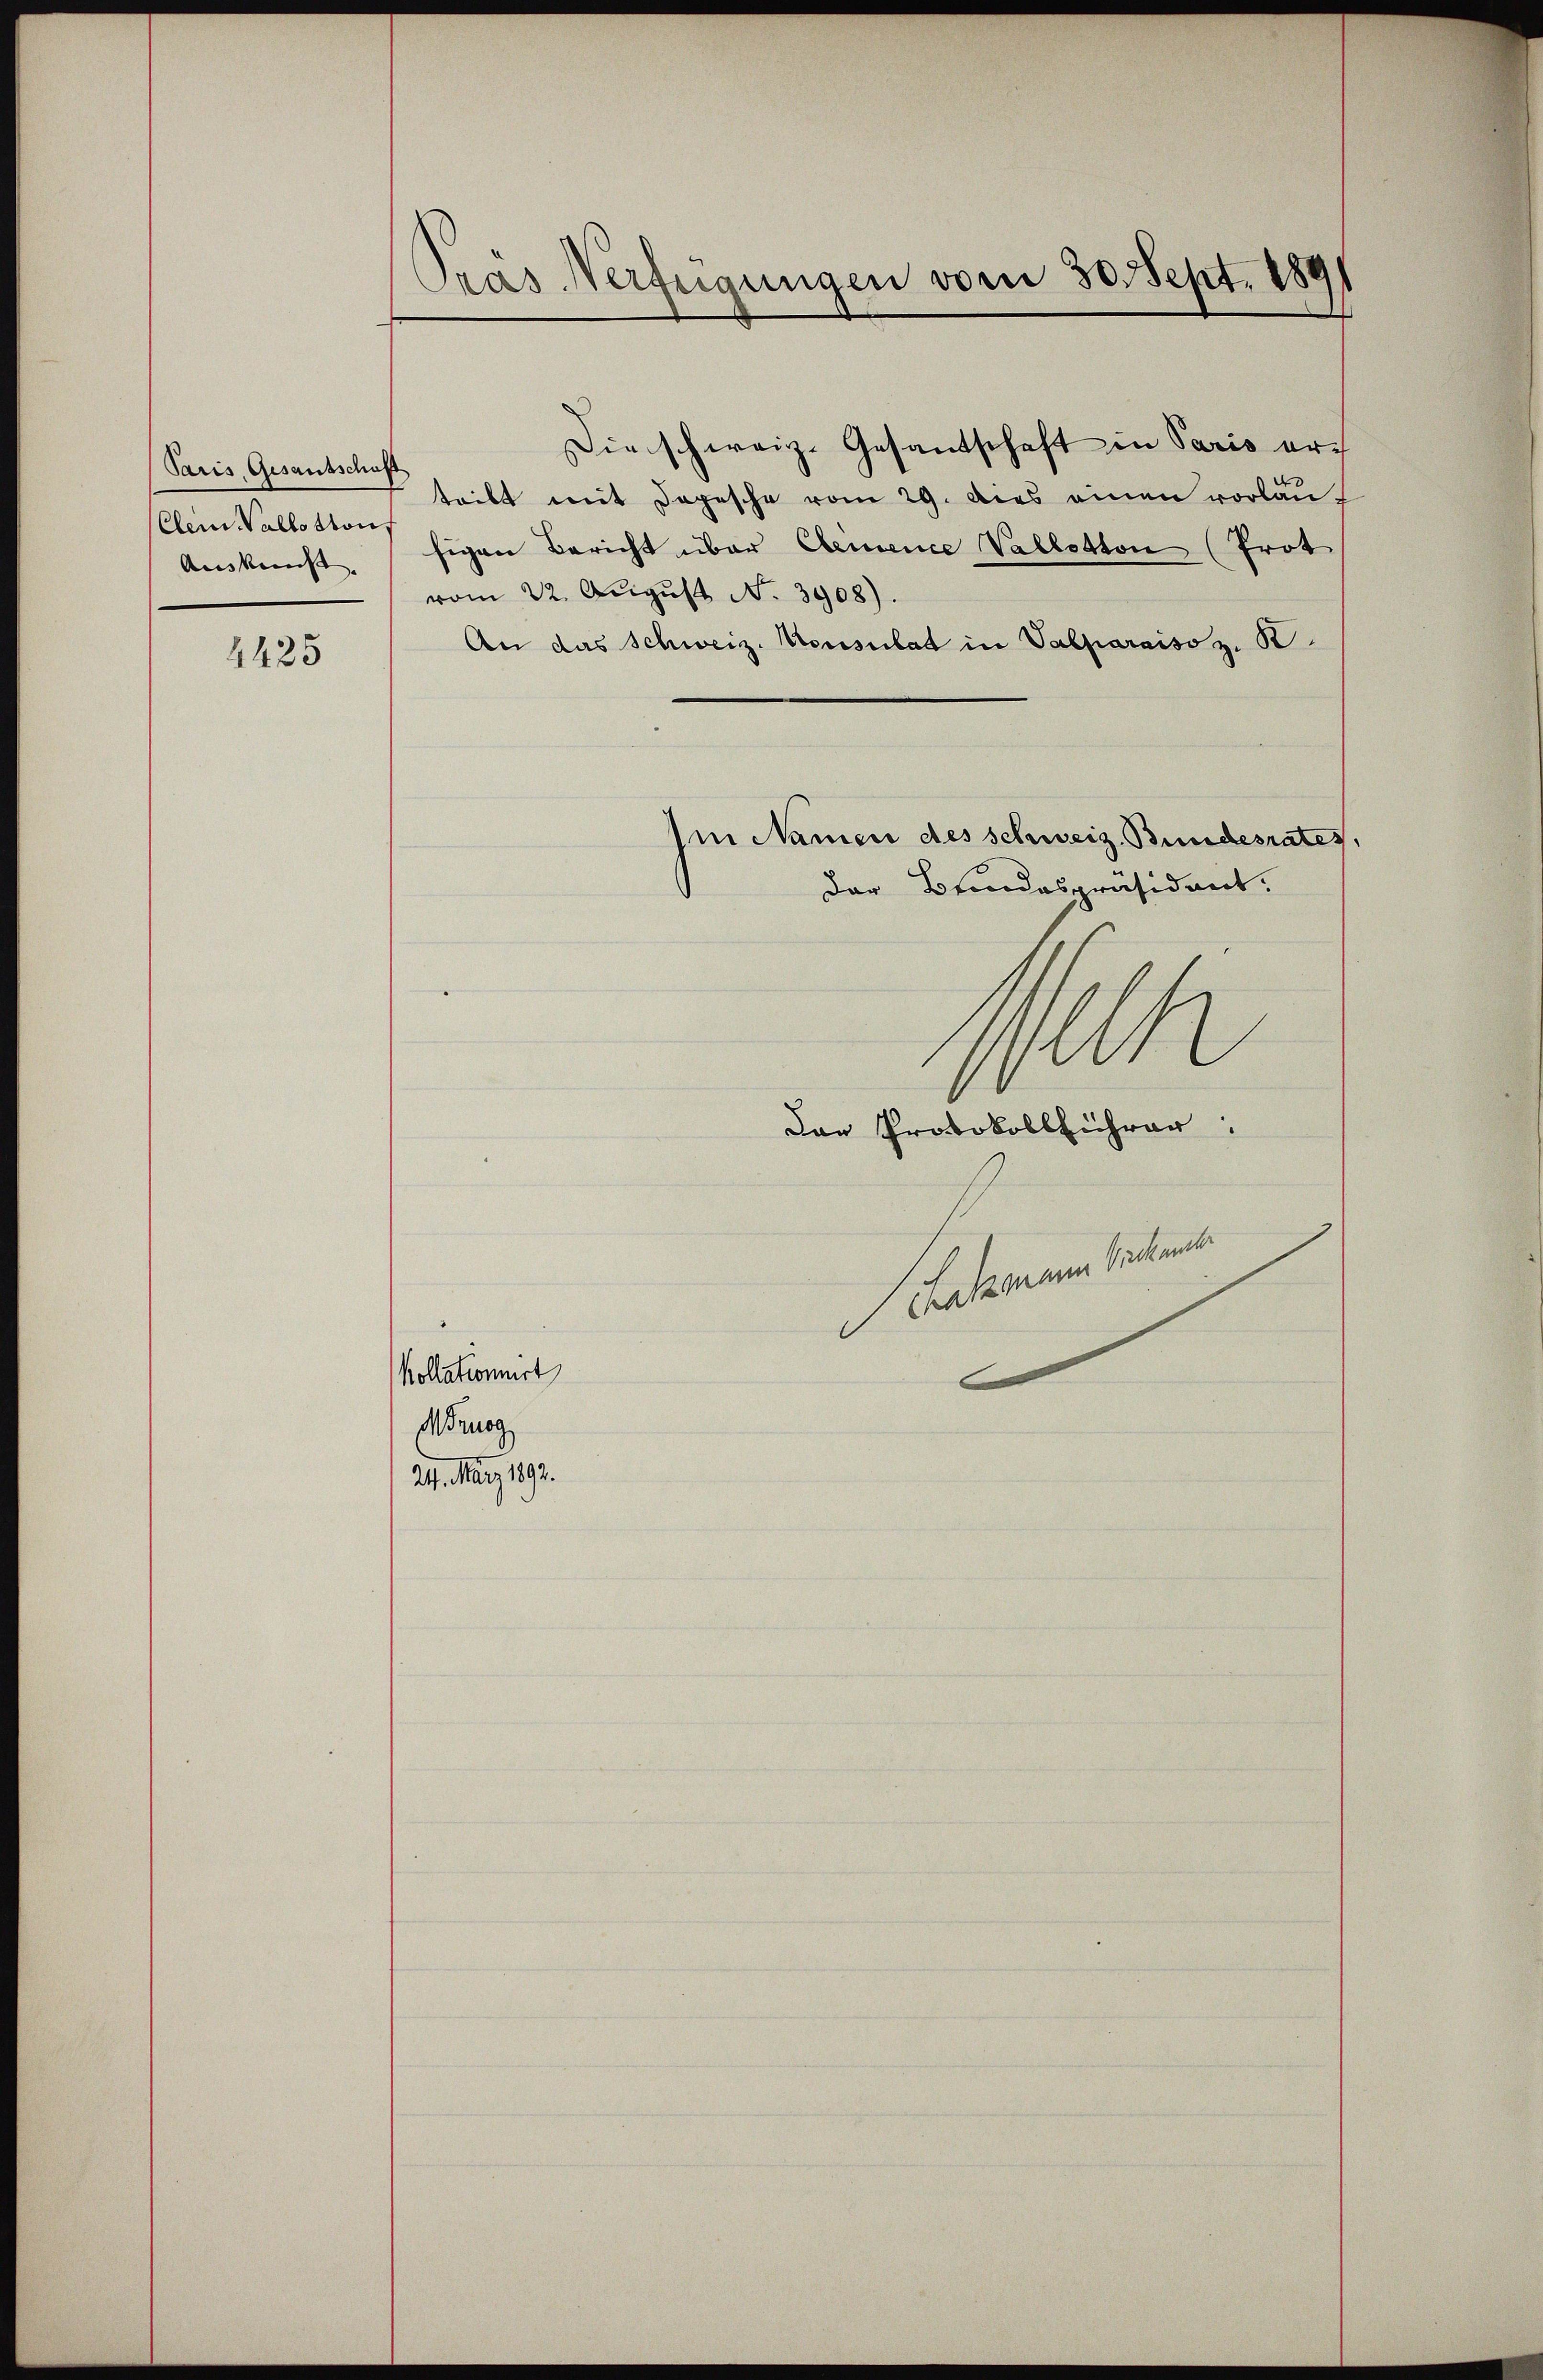
Paris, Gesantschaft
(Clen Wallotton,
Auskunft. |

4425

Pras Verfügungen vom 30. Sept. 1891

Die schweiz. Gesandschaft in Paris erteibt mit Depesche vom 29. Dies einen vorlauf
sigen Bericht über Cemence Vallotton (Trot
vom 22. Aŭgŭst No. 3908).
An das Schweiz. Konsulat in Valparaiso z. B.
Im Namen des schweiz. Bundesrates.
Der Beindespräsident.
M
1
Das Protokollführer:
Fadenen selten.
Kollationirt

Mrnog
24. März 1892.